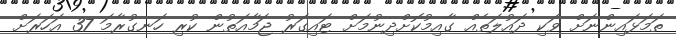
ތަމަޅައިންނަށް ވަކި ދައުލަތެއް ގާއިމުކޮށްދިނުމަށް ޓައިގަރު ޖަމާއަތުން ކުރި ހަނގުރާމަ 37 އަހަރަށް